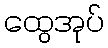
ထွေအုပ်